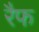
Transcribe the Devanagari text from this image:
रैफ